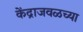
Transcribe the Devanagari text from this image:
केंद्राजवळच्या